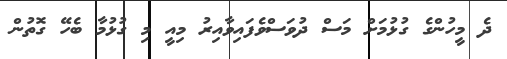
ދެ މީހުންގެ ގުޅުމަށް މަސް ދުވަސްވެފައިވާއިރު މިއީ މި ގުޅުމާ ބެހޭ ގޮތުން